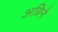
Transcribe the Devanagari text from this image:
अग्निने